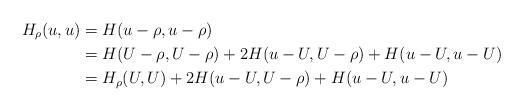
LaTeX: \begin{align*} H_{\rho}(u,u) &= H(u-\rho,u-\rho) \\ &= H(U-\rho,U-\rho)+2H(u-U,U-\rho)+H(u-U,u-U) \\ &= H_{\rho}(U,U)+2H(u-U,U-\rho)+H(u-U,u-U)\end{align*}